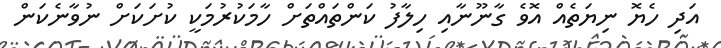
އަދި ހެޔޮ ނިޔަތެއް އޮވެ ގާނޫނާއި ހިލާފު ކަންތައްތަށް ހާމަކުރުމަކީ ކުށަކަށް ނުވާނެކަން